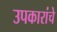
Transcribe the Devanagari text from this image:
उपकारांचे